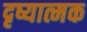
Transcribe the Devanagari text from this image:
दृष्यात्मक